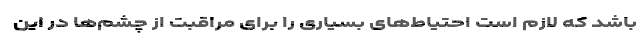
باشد که لازم است احتیاط‌های بسیاری را برای مراقبت از چشم‌ها در این